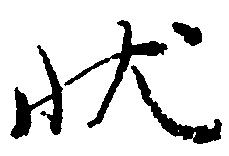
状